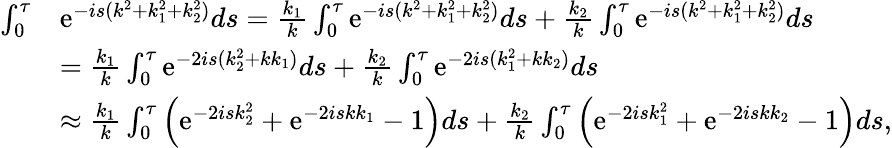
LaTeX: \begin{array}{rl}{\int_{0}^{\tau}}&{\mathrm{e}^{-is(k^{2}+k_{1}^{2}+k_{2}^{2})}ds=\frac{k_{1}}{k}\int_{0}^{\tau}\mathrm{e}^{-is(k^{2}+k_{1}^{2}+k_{2}^{2})}ds+\frac{k_{2}}{k}\int_{0}^{\tau}\mathrm{e}^{-is(k^{2}+k_{1}^{2}+k_{2}^{2})}ds}\\ &{=\frac{k_{1}}{k}\int_{0}^{\tau}\mathrm{e}^{-2is(k_{2}^{2}+kk_{1})}ds+\frac{k_{2}}{k}\int_{0}^{\tau}\mathrm{e}^{-2is(k_{1}^{2}+kk_{2})}ds}\\ &{\approx\frac{k_{1}}{k}\int_{0}^{\tau}\left(\mathrm{e}^{-2isk_{2}^{2}}+\mathrm{e}^{-2iskk_{1}}-1\right)ds+\frac{k_{2}}{k}\int_{0}^{\tau}\left(\mathrm{e}^{-2isk_{1}^{2}}+\mathrm{e}^{-2iskk_{2}}-1\right)ds,}\end{array}